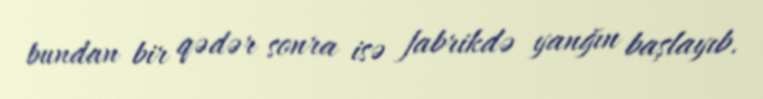
bundan bir qədər sonra isə fabrikdə yanğın başlayıb.